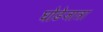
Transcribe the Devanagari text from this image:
घोडेजात्रा